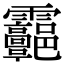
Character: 𩇑